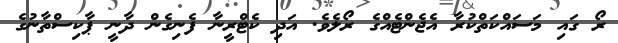
ރޯ ގައި މަސައްކަތްކުރާ އެޖެންޓެއްގެ ރޯލެވެ. އަދި ކެޓްރީނާ ފެނިގެން ދާނީ ޕާކިސްތާނުގެ